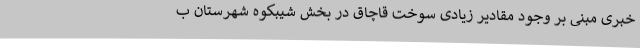
خبری مبنی بر وجود مقادیر زیادی سوخت قاچاق در بخش شیبکوه شهرستان ب